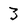
Character: 3